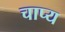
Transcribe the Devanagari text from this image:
चाप्य